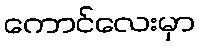
ကောင်လေးမှာ